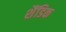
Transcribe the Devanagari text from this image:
शैंडिक